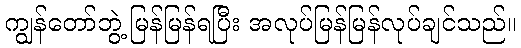
ကျွန်တော်ဘွဲ့ မြန်မြန်ရပြီး အလုပ်မြန်မြန်လုပ်ချင်သည်။